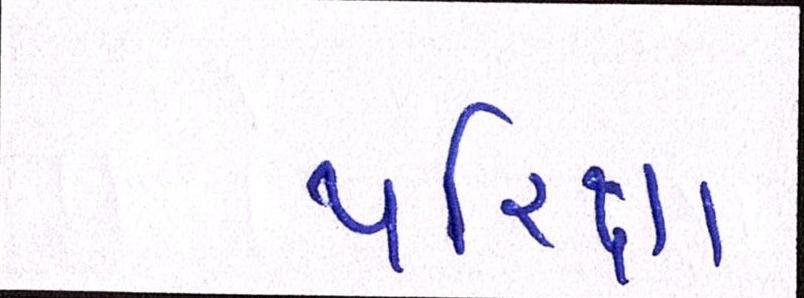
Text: પરિક્ષા